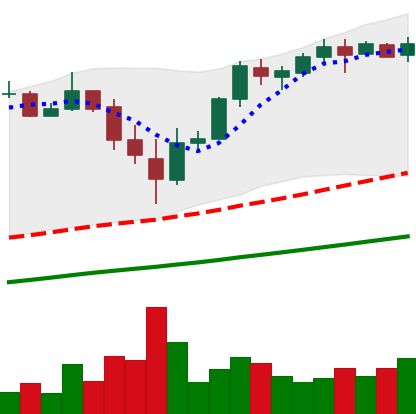
Ticker: BTC-USD
Chart end date: 2017-11-24
Forward return: 19.808%
Label: up_7plus